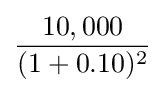
{\frac {10,000}{(1+0.10)^{2}}}